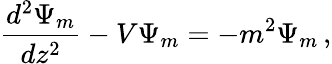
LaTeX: {\frac{d^{2}\Psi_{m}}{dz^{2}}}-V\Psi_{m}=-m^{2}\Psi_{m}\, ,